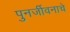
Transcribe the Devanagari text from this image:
पुनर्जीवनाचे